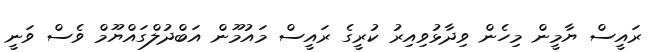
ރައީސް ޔާމީން މިހެން ވިދާޅުވިއިރު ކުރީގެ ރައީސް މައުމޫން އަބްދުލްގައްޔޫމް ވެސް ވަނީ